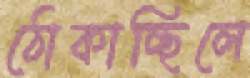
ঠোকাচ্ছিলে